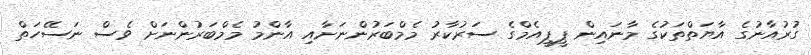
ގުރުއާނުގެ އާޔަތްތަކުގެ މާނައިން ޕީޕީއެމްގެ ސަރުކާރު މެމްބަރުންނަށާއި އާންމު މެމްބަރުންނަށް ވެސް ނަސޭހަތް